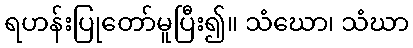
ရဟန်းပြုတော်မူပြီး၍။ သံဃော၊ သံဃာ